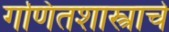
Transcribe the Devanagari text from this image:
गणितशास्त्राचे